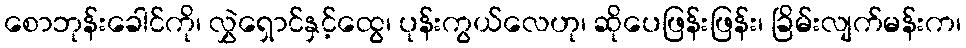
စောဘုန်းခေါင်ကို၊ လွှဲရှောင်နှင့်ထွေ၊ ပုန်းကွယ်လေဟု၊ ဆိုပေဖြန်းဖြန်း၊ ခြိမ်းလျက်မန်းက၊